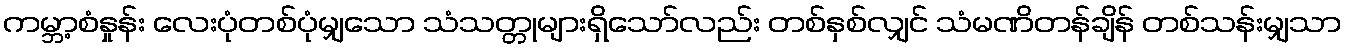
ကမ္ဘာ့စံနှုန်း လေးပုံတစ်ပုံမျှသော သံသတ္တုများရှိသော်လည်း တစ်နှစ်လျှင် သံမဏိတန်ချိန် တစ်သန်းမျှသာ